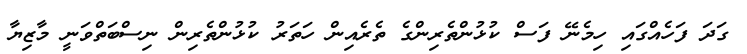
ގަދަ ފަހެއްގައި ހިމެނޭ ފަސް ކުޅުންތެރިންގެ ތެރެއިން ހަތަރު ކުޅުންތެރިން ނިސްބަތްވަނީ މާޒިޔާ